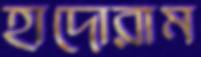
হাদোরাম